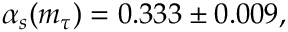
\alpha _ { s } ( m _ { \tau } ) = 0 . 3 3 3 \pm 0 . 0 0 9 ,